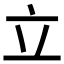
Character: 立